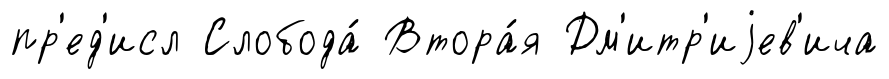
пр'ед'исл Слобода́ Втора́я Дм'итр'иjев'ича